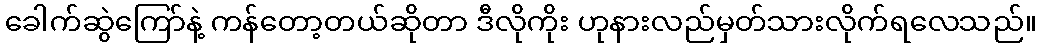
ခေါက်ဆွဲကြော်နဲ့ ကန်တော့တယ်ဆိုတာ ဒီလိုကိုး ဟုနားလည်မှတ်သားလိုက်ရလေသည်။